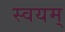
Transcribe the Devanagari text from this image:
स्वयम्‌